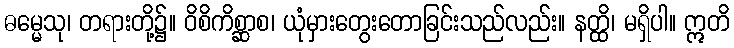
ဓမ္မေသု၊ တရားတို့၌။ ဝိစိကိစ္ဆာစ၊ ယုံမှားတွေးတောခြင်းသည်လည်း။ နတ္ထိ၊ မရှိပါ။ ဣတိ